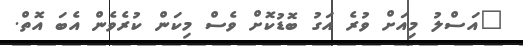
"އަސްލު މިއަށް ވުރެ އަގު ބޮޑުކޮށް ވެސް މިކަން ކުރެވެން އެބަ އޮތް.